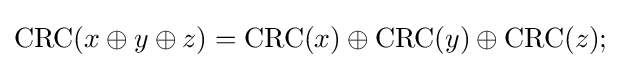
\operatorname {CRC} (x\oplus y\oplus z)=\operatorname {CRC} (x)\oplus \operatorname {CRC} (y)\oplus \operatorname {CRC} (z);